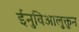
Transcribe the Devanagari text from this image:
ईनुविआलुक्तुन